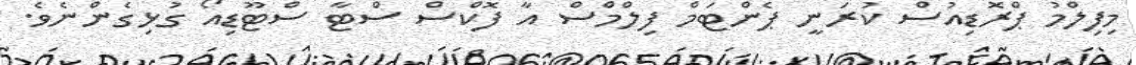
މިފިލްމު ޕްރޮޑިއުސް ކުރަނީ ޕެންޓަމް ފިލްމްސް އާ ފޮކްސް ސްޓާ ސްޓޫޑިއޯ ގުޅިގެންނެވެ.